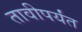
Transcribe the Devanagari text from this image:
तावीपर्यंत